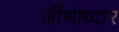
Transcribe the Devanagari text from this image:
र्जीणोध्दार